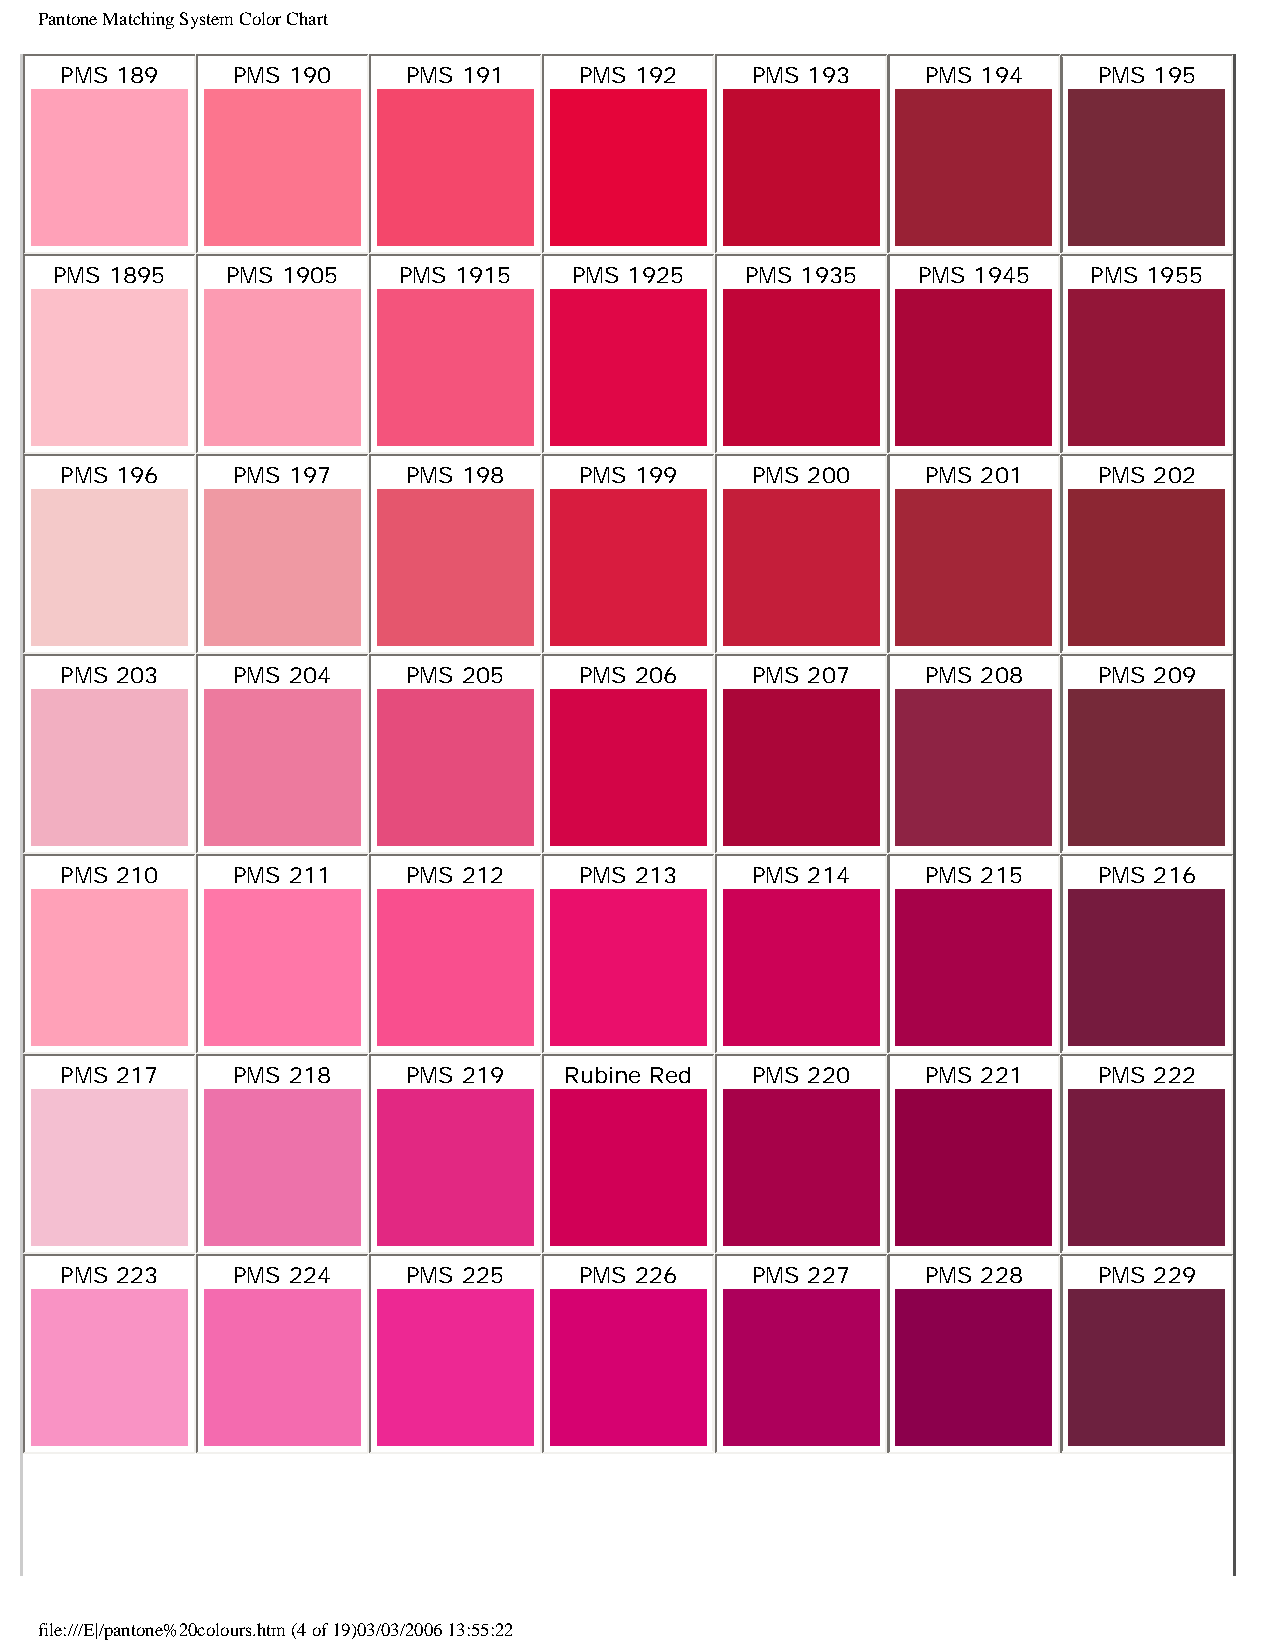
Pantone Matching System Color Chart
 PMS 189    PMS 190     PMS 191    PMS 192     PMS 193    PMS 194     PMS 195
 PMS 1895   PMS 1905   PMS 1915    PMS 1925   PMS 1935    PMS 1945   PMS 1955
 PMS 196    PMS 197     PMS 198    PMS 199     PMS 200    PMS 201     PMS 202
 PMS 203    PMS 204     PMS 205    PMS 206     PMS 207    PMS 208     PMS 209
 PMS 210    PMS 211     PMS 212    PMS 213     PMS 214    PMS 215     PMS 216
 PMS 217    PMS 218     PMS 219   Rubine Red   PMS 220    PMS 221     PMS 222
 PMS 223    PMS 224     PMS 225    PMS 226     PMS 227    PMS 228     PMS 229
 file:///E|/pantone%20colours.htm (4 of 19)03/03/2006 13:55:22